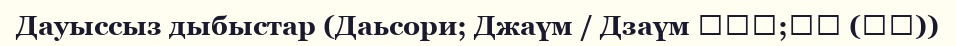
Дауыссыз дыбыстар (Даьсори; Джaүм / Дзaүм 닿소리;자음 (子音))